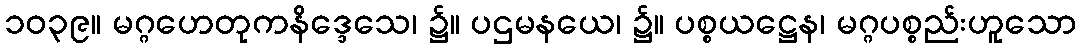
၁၀၃၉။ မဂ္ဂဟေတုကနိဒ္ဒေသေ၊ ၌။ ပဌမနယေ၊ ၌။ ပစ္စယဋ္ဌေန၊ မဂ္ဂပစ္စည်းဟူသော